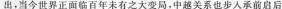
出，当今世界正面临百年未有之大变局，中越关系也步人承前启后